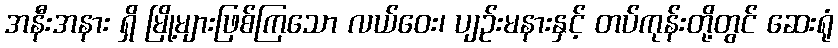
အနီးအနား ရှိ မြို့များဖြစ်ကြသော လယ်ဝေး၊ ပျဉ်းမနားနှင့် တပ်ကုန်းတို့တွင် ဆေးရုံ